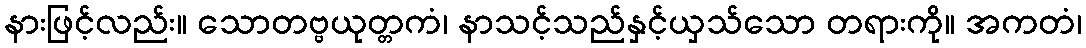
နားဖြင့်လည်း။ သောတဗ္ဗယုတ္တကံ၊ နာသင့်သည်နှင့်ယှသ်သော တရားကို။ အကတံ၊